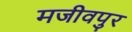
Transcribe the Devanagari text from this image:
मजीवपुर